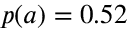
p ( a ) = 0 . 5 2